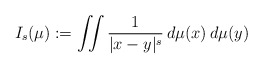
\begin{align*}I_{s}(\mu):=\iint\frac{1}{|x-y|^{s}}\,d\mu(x)\,d\mu(y)\end{align*}